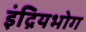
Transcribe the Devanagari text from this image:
इंद्रियभोग